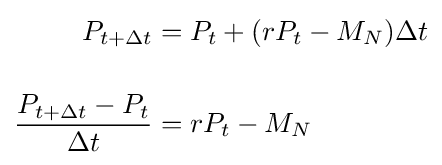
{\begin{aligned}P_{t+\Delta t}&=P_{t}+(rP_{t}-M_{N})\Delta t\\[12pt]{\dfrac {P_{t+\Delta t}-P_{t}}{\Delta t}}&=rP_{t}-M_{N}\end{aligned}}